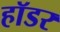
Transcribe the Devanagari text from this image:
हॉडर